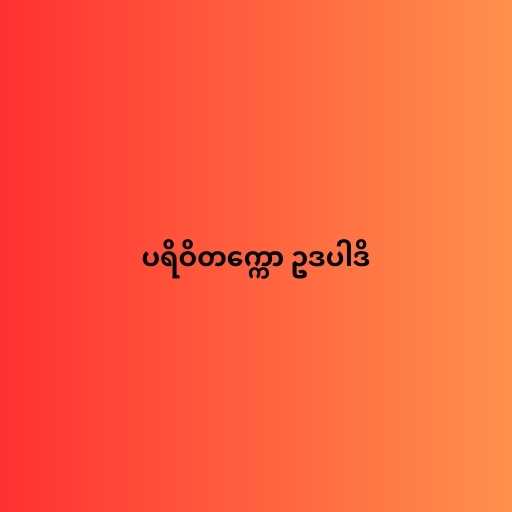
ပရိဝိတက္ကော ဥဒပါဒိ